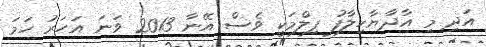
އަދި މި އާދާޔާހިލާފު ފިލްމަކީ ވެސް އޭނާ 2013 ވަނަ އަހަރު ހަމަ